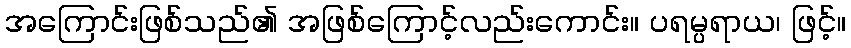
အကြောင်းဖြစ်သည်၏ အဖြစ်ကြောင့်လည်းကောင်း။ ပရမ္ပရာယ၊ ဖြင့်။